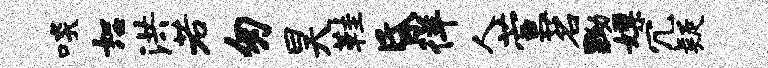
啖恕洪若匆昊鞋昏徉人萱茗黝嫖冗疑